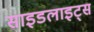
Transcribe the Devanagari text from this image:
साइडलाइट्स